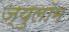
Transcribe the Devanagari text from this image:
ज्युलॉम